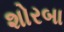
શોરબા